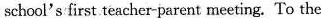
school's first teacher-parent meeting.To the